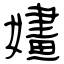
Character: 嫿